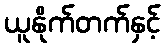
ယူနိုက်တက်နှင့်